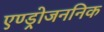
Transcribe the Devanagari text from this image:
एण्ड्रोजननिक